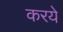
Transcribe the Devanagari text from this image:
करये